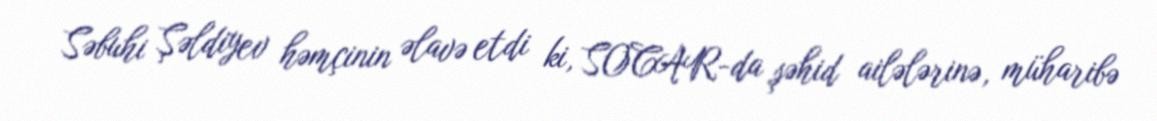
Səbuhi Şəldiyev həmçinin əlavə etdi ki, SOCAR-da şəhid ailələrinə, müharibə